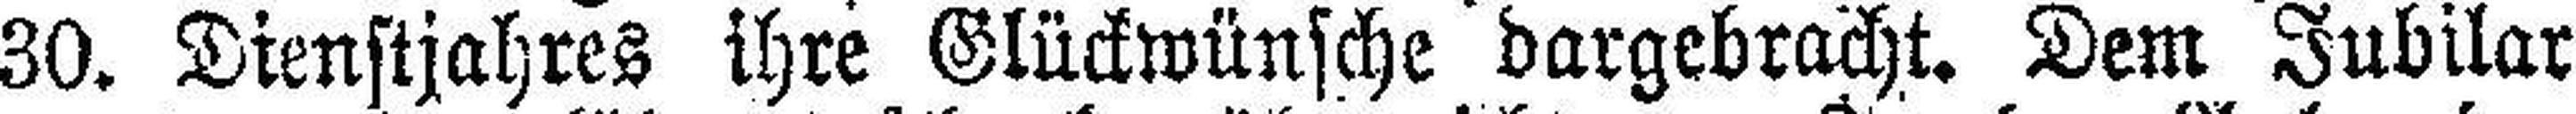
30. Dienstjahres ihre Glückwünsche dargebracht. Dem Jubilar